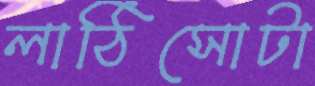
লাঠিসোটা